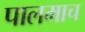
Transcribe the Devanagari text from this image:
पालमाच